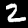
Label: 2